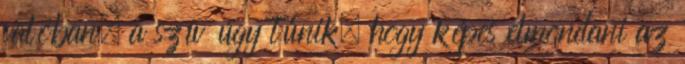
valóban, a szív úgy tűnik, hogy képes elmondani az